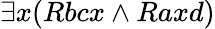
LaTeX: \exists x(Rbcx\land Raxd)